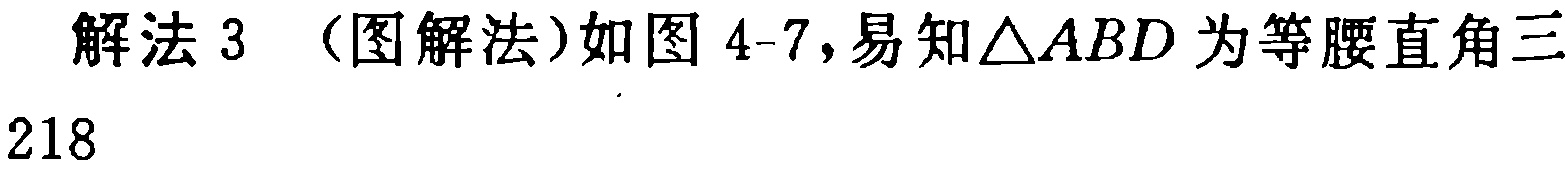
解法 3 （图解法）如图 4-7,易知\(\triangle ABD\)为等腰直角三
218